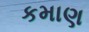
કમાણ